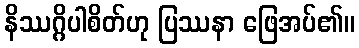
နိဿဂ္ဂိပါစိတ်ဟု ပြဿနာ ဖြေအပ်၏။